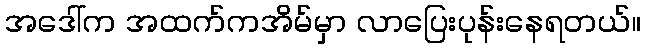
အဒေါ်က အထက်ကအိမ်မှာ လာပြေးပုန်းနေရတယ်။